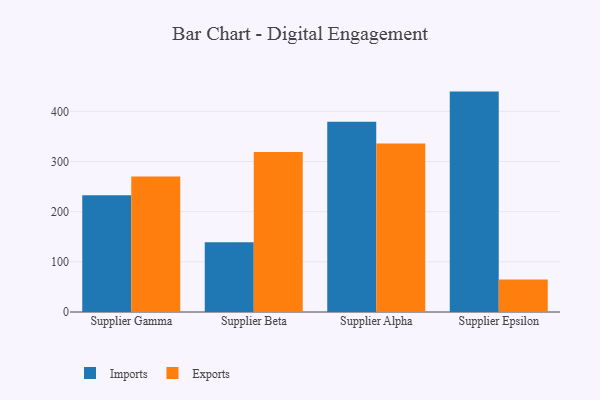
{"axis": {"x": "Supplier", "y": "Population (Million)"}, "legend": ["Exports", "Imports"], "data": [{"x": "Supplier Gamma", "y": 232.9, "type": "Imports"}, {"x": "Supplier Gamma", "y": 270.2, "type": "Exports"}, {"x": "Supplier Beta", "y": 138.9, "type": "Imports"}, {"x": "Supplier Beta", "y": 319.0, "type": "Exports"}, {"x": "Supplier Alpha", "y": 379.2, "type": "Imports"}, {"x": "Supplier Alpha", "y": 335.8, "type": "Exports"}, {"x": "Supplier Epsilon", "y": 439.3, "type": "Imports"}, {"x": "Supplier Epsilon", "y": 65.0, "type": "Exports"}]}